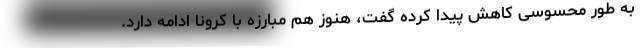
به طور محسوسی کاهش پیدا کرده گفت، هنوز هم مبارزه با کرونا ادامه دارد.